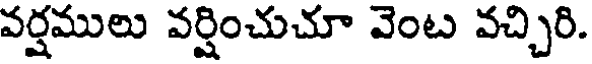
వర్షములు వర్షించుచూ వెంట వచ్చిరి.